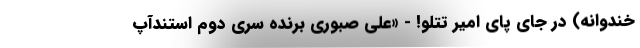
خندوانه) در جای پای امیر تتلو! - «علی صبوری برنده سری دوم استندآپ